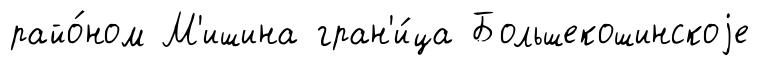
райо́ном М'ишина гран'и́ца Большекошинскоjе